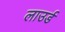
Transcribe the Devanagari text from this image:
लाउर्ड